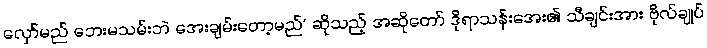
လှော်မည် ဘေးမသမ်းဘဲ အေးချမ်းတော့မည်’ ဆိုသည့် အဆိုတော် ဒိုရာသန်းအေး၏ သီချင်းအား ဗိုလ်ချုပ်